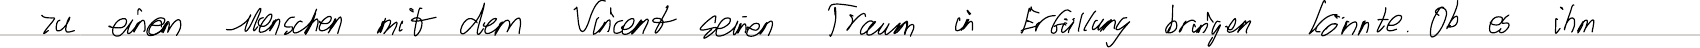
zu einen Menschen mit dem Vincent seinen Traum in Erfüllung bringen könnte. Ob es ihm